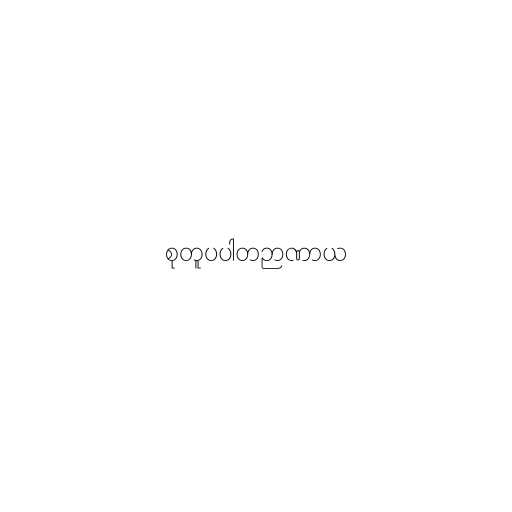
စုတူပပါတဉာဏာယ